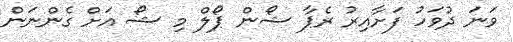
ވަނަ ދުވަހު ފަށާއިރު ރެޕާ ޝޯން ޕޯލް މި ޝޯ އަށް ގެންނަން